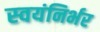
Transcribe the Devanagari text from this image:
स्‍वयंनिर्भर